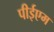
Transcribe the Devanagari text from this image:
पीईएम